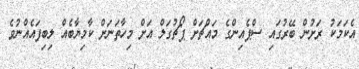
އެކަމަކު ރަށުން ބޭރުގައި ސްޕެއިންގެ މައްޗަށް ޕޯޗުގަލް އަށް މިހާތަނަށް ކާމިޔާބެއް ލިބިފައެއްނުވެ